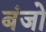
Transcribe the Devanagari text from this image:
बंजो